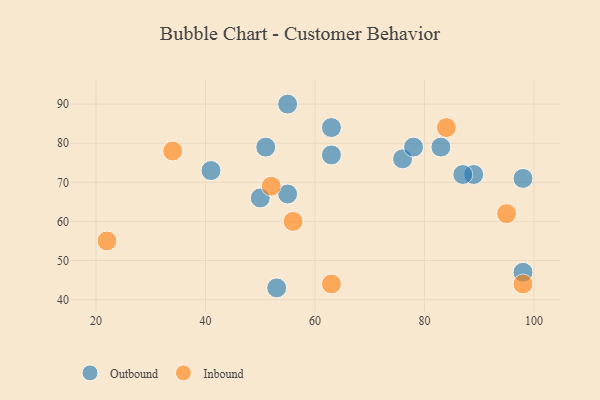
{"axis": {"x": "GDP", "y": "Life Expectancy"}, "legend": ["Inbound", "Outbound"], "data": [{"x": "89", "y": 72, "type": "Outbound"}, {"x": "63", "y": 77, "type": "Outbound"}, {"x": "51", "y": 79, "type": "Outbound"}, {"x": "98", "y": 47, "type": "Outbound"}, {"x": "63", "y": 84, "type": "Outbound"}, {"x": "50", "y": 66, "type": "Outbound"}, {"x": "98", "y": 71, "type": "Outbound"}, {"x": "53", "y": 43, "type": "Outbound"}, {"x": "55", "y": 67, "type": "Outbound"}, {"x": "83", "y": 79, "type": "Outbound"}, {"x": "76", "y": 76, "type": "Outbound"}, {"x": "78", "y": 79, "type": "Outbound"}, {"x": "87", "y": 72, "type": "Outbound"}, {"x": "55", "y": 90, "type": "Outbound"}, {"x": "41", "y": 73, "type": "Outbound"}, {"x": "84", "y": 84, "type": "Inbound"}, {"x": "52", "y": 69, "type": "Inbound"}, {"x": "98", "y": 44, "type": "Inbound"}, {"x": "56", "y": 60, "type": "Inbound"}, {"x": "34", "y": 78, "type": "Inbound"}, {"x": "63", "y": 44, "type": "Inbound"}, {"x": "22", "y": 55, "type": "Inbound"}, {"x": "95", "y": 62, "type": "Inbound"}]}